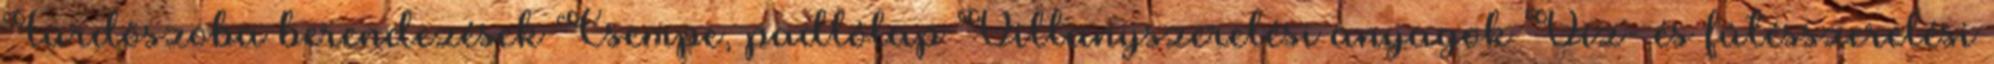
Fürdõszoba berendezések Csempe, padlólap Villanyszerelési anyagok Víz- és fûtésszerelési